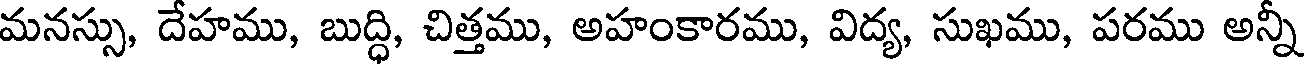
మనస్సు, దేహము, బుద్ధి, చిత్తము, అహంకారము, విద్య, సుఖము, పరము అన్నీ